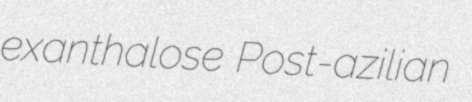
exanthalose Post-azilian